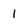
Character: 1